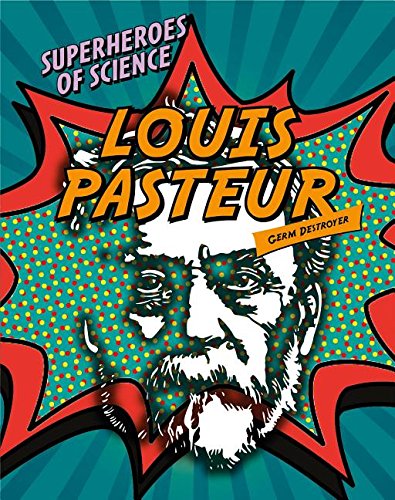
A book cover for Louis Pasteur: Germ Destroyer (Superheroes of Science); Nancy Dickman; Teen & Young Adult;